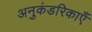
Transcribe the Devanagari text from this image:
अनुकंडरिकाएँ